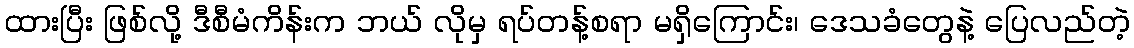
ထားပြီး ဖြစ်လို့ ဒီစီမံကိန်းက ဘယ် လိုမှ ရပ်တန့်စရာ မရှိကြောင်း၊ ဒေသခံတွေနဲ့ ပြေလည်တဲ့